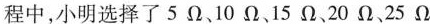
程中，小明选择了5Ω、10Ω、15Ω、20Ω、25Ω